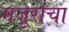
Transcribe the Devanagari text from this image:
मजूरांचा